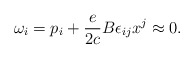
\begin{align*} \omega_{i} = p_{i} + \frac{e}{2c} B\epsilon_{ij} x^{j} \approx 0.\end{align*}